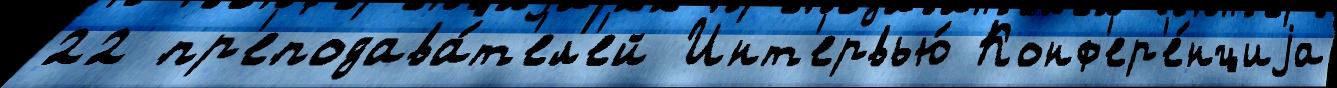
22 пр'еподава́т'ел'ей Инт'ервью́ Конф'ер'е́нциjа